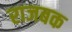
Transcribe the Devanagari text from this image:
राजबक